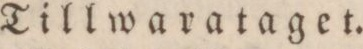
Tillwarataget.